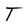
Character: T